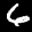
Label: 6